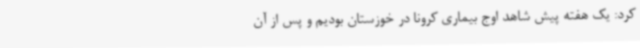
کرد: یک هفته پیش شاهد اوج بیماری کرونا در خوزستان بودیم و پس از آن